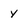
Character: y